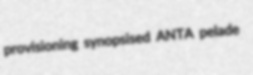
provisioning synopsised ANTA pelade